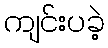
ကျင်းပခဲ့